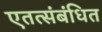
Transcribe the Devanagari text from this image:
एतत्संबंधित